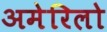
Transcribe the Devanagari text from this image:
अमेरिलो